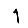
Digit: 1